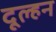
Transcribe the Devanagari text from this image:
दूल्हन